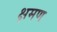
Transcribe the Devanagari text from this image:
क्षमण